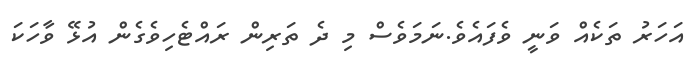
އަހަރު ތަކެއް ވަނީ ވެފައެވެ.ނަމަވެސް މި ދެ ތަރިން ރައްޓެހިވެގެން އުޅޭ ވާހަކަ